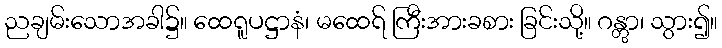
ညချမ်းသောအခါ၌။ ထေရူပဋ္ဌာနံ၊ မထေရ် ကြီးအားခစား ခြင်းသို့။ ဂန္တွာ၊ သွား၍။